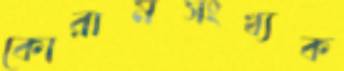
কোরামসংখ্যক